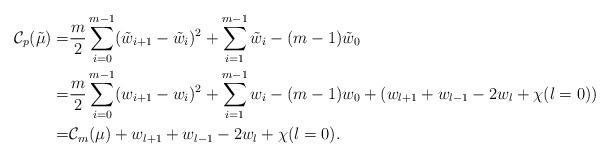
LaTeX: \begin{align*}\mathcal{C}_p(\tilde{\mu})=&\frac{m}{2}\sum_{i=0}^{m-1}(\tilde{w}_{i+1}-\tilde{w}_{i})^2+\sum_{i=1}^{m-1}\tilde{w}_i-(m-1)\tilde{w}_0\\=&\frac{m}{2}\sum_{i=0}^{m-1}(w_{i+1}-w_{i})^2+\sum_{i=1}^{m-1}w_i-(m-1)w_0+(w_{l+1}+w_{l-1}-2w_{l}+\chi(l=0))\\=&\mathcal{C}_m(\mu)+w_{l+1}+w_{l-1}-2w_{l}+\chi(l=0).\end{align*}